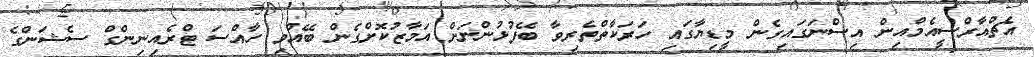
އެޗްއާރްސީއެމްއިން އިސްނަގައިގެން މީޑިޔާގައި ހަރަކާތްތެރިވާ ބޭފުޅުންނަށް އަމާޒުކޮށްގެން ބޭއްވި ހާއްސަ ޓްރެއިނިންގް ސެޝަންގެ